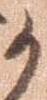
か